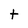
Character: t